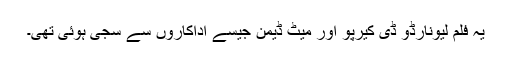
یہ فلم لیونارڈو ڈی کیرپو اور میٹ ڈیمن جیسے اداکاروں سے سجی ہوئی تھی۔